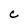
Character: c